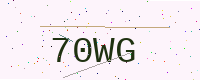
Text: 70WG